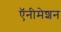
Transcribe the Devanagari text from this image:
ऍनीमेशन